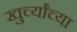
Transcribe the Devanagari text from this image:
खुर्च्यांच्या